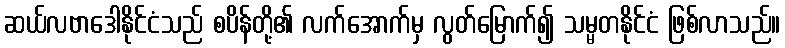
ဆယ်လဗာဒေါနိုင်ငံသည် စပိန်တို့၏ လက်အောက်မှ လွတ်မြောက်၍ သမ္မတနိုင်ငံ ဖြစ်လာသည်။